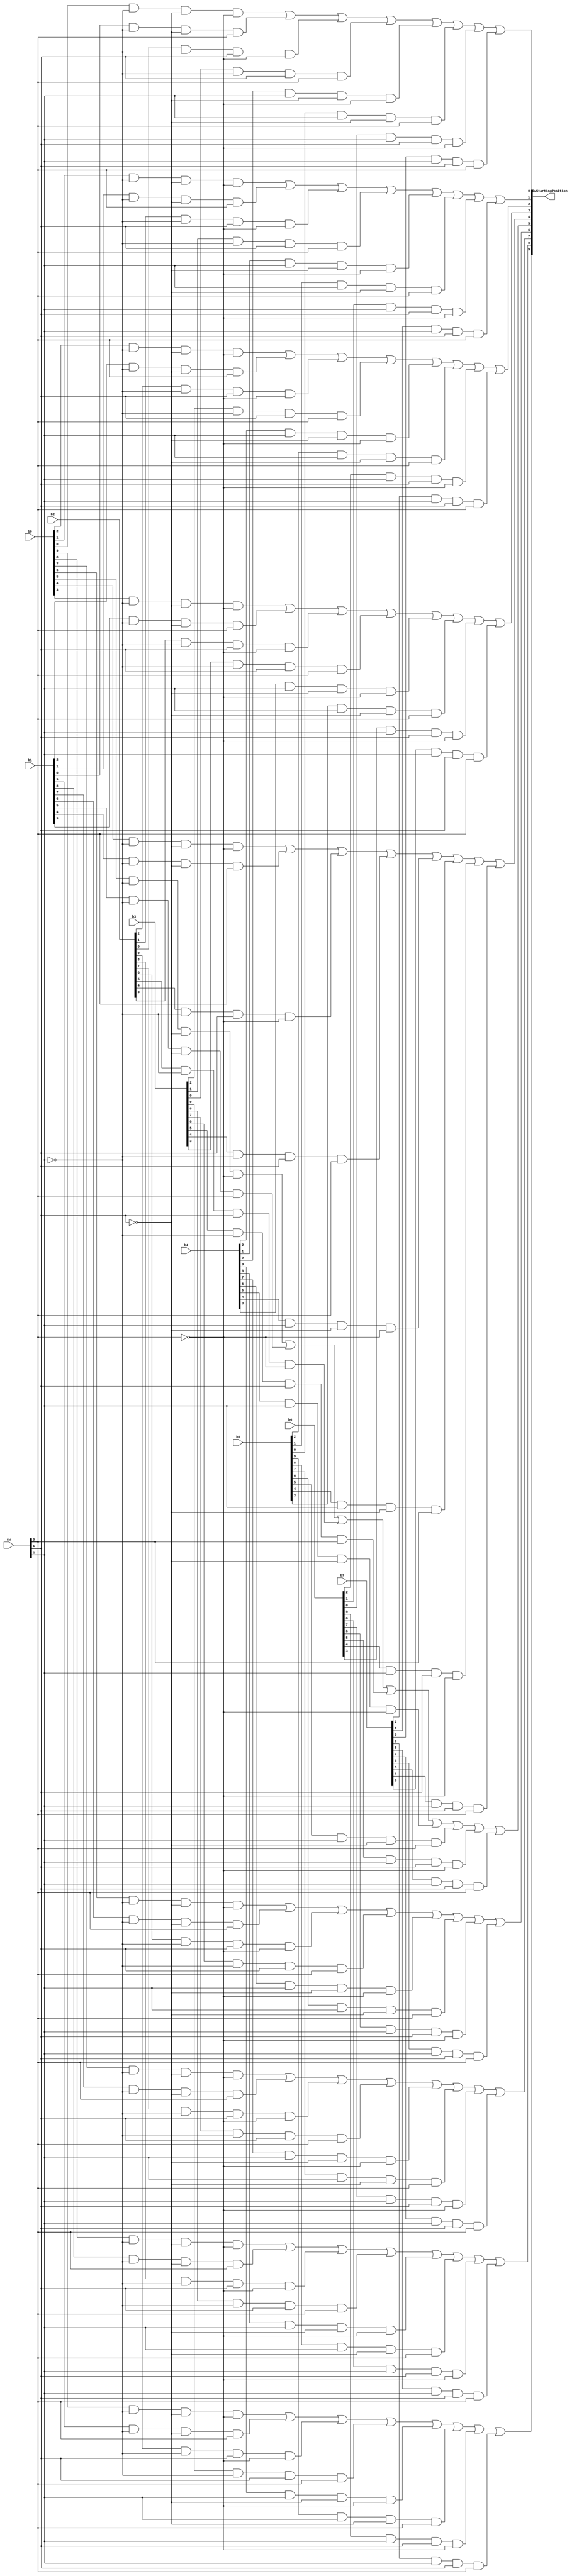
`timescale 1ns / 1ps
//////////////////////////////////////////////////////////////////////////////////
// Company: 
// Engineer: 
// 
// Design Name: 
// Module Name: GapSize
// Project Name: 
// Target Devices: 
// Tool Versions: 
// Description: 
// 
// Dependencies: 
// 
// Revision:
// Revision 0.01 - File Created
// Additional Comments:
// 
//////////////////////////////////////////////////////////////////////////////////


module GapSize(
    input[9:0] b0,
    input[9:0] b1,
    input[9:0] b2,
    input[9:0] b3,
    input[9:0] b4,
    input[9:0] b5,
    input[9:0] b6,
    input[9:0] b7,
    input[6:4] sw,
    output[9:0] DwStartingPosition

    );
    
 assign DwStartingPosition[9] = (b0[9] & ~sw[6] & ~sw[5] & ~sw[4]) |
                                (b1[9] & ~sw[6] & ~sw[5] & sw[4]) |
                                (b2[9] & ~sw[6] & sw[5] & ~sw[4]) |
                                (b3[9] & ~sw[6] & sw[5] & sw[4]) |
                                (b4[9] & sw[6] & ~sw[5] & ~sw[4]) |
                                (b5[9] & sw[6] & ~sw[5] & sw[4]) |
                                (b6[9] & sw[6] & sw[5] & ~sw[4]) |
                                (b7[9] & sw[6] & sw[5] & sw[4]);
                                
 assign DwStartingPosition[8] = (b0[8] & ~sw[6] & ~sw[5] & ~sw[4]) |
                                (b1[8] & ~sw[6] & ~sw[5] & sw[4]) |
                                (b2[8] & ~sw[6] & sw[5] & ~sw[4]) |
                                (b3[8] & ~sw[6] & sw[5] & sw[4]) |
                                (b4[8] & sw[6] & ~sw[5] & ~sw[4]) |
                                (b5[8] & sw[6] & ~sw[5] & sw[4]) |
                                (b6[8] & sw[6] & sw[5] & ~sw[4]) |
                                (b7[8] & sw[6] & sw[5] & sw[4]);   
                                
 assign DwStartingPosition[7] = (b0[7] & ~sw[6] & ~sw[5] & ~sw[4]) |
                                (b1[7] & ~sw[6] & ~sw[5] & sw[4]) |
                                (b2[7] & ~sw[6] & sw[5] & ~sw[4]) |
                                (b3[7] & ~sw[6] & sw[5] & sw[4]) |
                                (b4[7] & sw[6] & ~sw[5] & ~sw[4]) |
                                (b5[7] & sw[6] & ~sw[5] & sw[4]) |
                                (b6[7] & sw[6] & sw[5] & ~sw[4]) |
                                (b7[7] & sw[6] & sw[5] & sw[4]);  
                                
 assign DwStartingPosition[6] = (b0[6] & ~sw[6] & ~sw[5] & ~sw[4]) |
                                (b1[6] & ~sw[6] & ~sw[5] & sw[4]) |
                                (b2[6] & ~sw[6] & sw[5] & ~sw[4]) |
                                (b3[6] & ~sw[6] & sw[5] & sw[4]) |
                                (b4[6] & sw[6] & ~sw[5] & ~sw[4]) |
                                (b5[6] & sw[6] & ~sw[5] & sw[4]) |
                                (b6[6] & sw[6] & sw[5] & ~sw[4]) |
                                (b7[6] & sw[6] & sw[5] & sw[4]);   
                                                               
 assign DwStartingPosition[5] = (b0[5] & ~sw[6] & ~sw[5] & ~sw[4]) |
                                (b1[5] & ~sw[6] & ~sw[5] & sw[4]) |
                                (b2[5] & ~sw[6] & sw[5] & ~sw[4]) |
                                (b3[5] & ~sw[6] & sw[5] & sw[4]) |
                                (b4[5] & sw[6] & ~sw[5] & ~sw[4]) |
                                (b5[5] & sw[6] & ~sw[5] & sw[4]) |
                                (b6[5] & sw[6] & sw[5] & ~sw[4]) |
                                (b7[5] & sw[6] & sw[5] & sw[4]);
                                                               
assign DwStartingPosition[4] = (b0[4] & ~sw[6] & ~sw[5] & ~sw[4]) |
                               (b1[4] & ~sw[6] & ~sw[5] & sw[4]) |
                               (b2[4] & ~sw[6] & sw[5] & ~sw[4]) |
                               (b3[4] & ~sw[6] & sw[5] & sw[4]) |
                               (b4[4] & sw[6] & ~sw[5] & ~sw[4]) |
                               (b5[4] & sw[6] & ~sw[5] & sw[4]) |
                               (b6[4] & sw[6] & sw[5] & ~sw[4]) |
                               (b7[4] & sw[6] & sw[5] & sw[4]);   
                                                               
assign DwStartingPosition[3] = (b0[3] & ~sw[6] & ~sw[5] & ~sw[4]) |
                               (b1[3] & ~sw[6] & ~sw[5] & sw[4]) |
                               (b2[3] & ~sw[6] & sw[5] & ~sw[4]) |
                               (b3[3] & ~sw[6] & sw[5] & sw[4]) |
                               (b4[3] & sw[6] & ~sw[5] & ~sw[4]) |
                               (b5[3] & sw[6] & ~sw[5] & sw[4]) |
                               (b6[3] & sw[6] & sw[5] & ~sw[4]) |
                               (b7[3] & sw[6] & sw[5] & sw[4]);  
                                                               
assign DwStartingPosition[2] = (b0[2] & ~sw[6] & ~sw[5] & ~sw[4]) |
                               (b1[2] & ~sw[6] & ~sw[5] & sw[4]) |
                               (b2[2] & ~sw[6] & sw[5] & ~sw[4]) |
                               (b3[2] & ~sw[6] & sw[5] & sw[4]) |
                               (b4[2] & sw[6] & ~sw[5] & ~sw[4]) |
                               (b5[2] & sw[6] & ~sw[5] & sw[4]) |
                               (b6[2] & sw[6] & sw[5] & ~sw[4]) |
                               (b7[2] & sw[6] & sw[5] & sw[4]);                                                                                                  
                                                               
assign DwStartingPosition[1] = (b0[1] & ~sw[6] & ~sw[5] & ~sw[4]) |
                               (b1[1] & ~sw[6] & ~sw[5] & sw[4]) |
                               (b2[1] & ~sw[6] & sw[5] & ~sw[4]) |
                               (b3[1] & ~sw[6] & sw[5] & sw[4]) |
                               (b4[1] & sw[6] & ~sw[5] & ~sw[4]) |
                               (b5[1] & sw[6] & ~sw[5] & sw[4]) |
                               (b6[1] & sw[6] & sw[5] & ~sw[4]) |
                               (b7[1] & sw[6] & sw[5] & sw[4]);  
                                                                                                                              
assign DwStartingPosition[0] = (b0[0] & ~sw[6] & ~sw[5] & ~sw[4]) |
                               (b1[0] & ~sw[6] & ~sw[5] & sw[4]) |
                               (b2[0] & ~sw[6] & sw[5] & ~sw[4]) |
                               (b3[0] & ~sw[6] & sw[5] & sw[4]) |
                               (b4[0] & sw[6] & ~sw[5] & ~sw[4]) |
                               (b5[0] & sw[6] & ~sw[5] & sw[4]) |
                               (b6[0] & sw[6] & sw[5] & ~sw[4]) |
                               (b7[0] & sw[6] & sw[5] & sw[4]);                                                                                               
                                
endmodule